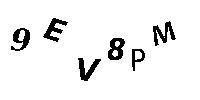
9EV8PM